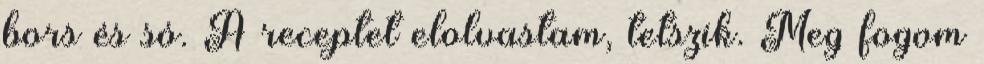
bors és só. A receptet elolvastam, tetszik. Meg fogom